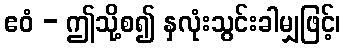
ဧဝံ - ဤသို့စ၍ နှလုံးသွင်းခါမျှဖြင့်၊